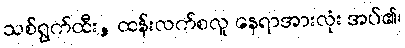
သစ်ရွက်ထီး, ထန်းလက်စလူ နေရာအားလုံး အပ်၏၊